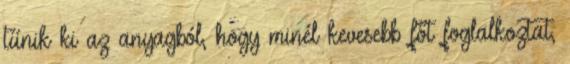
tűnik ki az anyagból, hogy minél kevesebb főt foglalkoztat,